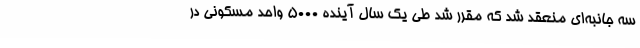
سه جانبه‌ای منعقد شد که مقرر شد طی یک سال آینده 5000 واحد مسکونی در